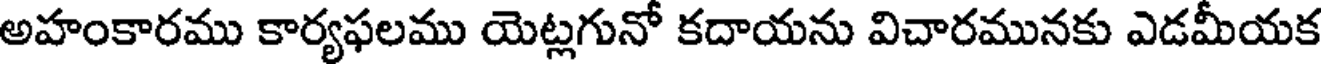
అహంకారము కార్యఫలము యెట్లగునో కదాయను విచారమునకు ఎడమీయక